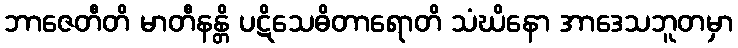
ဘာဇေတီတိ မာတီနန္တိ ပဋိသေဓိတာရောတိ သံဃိနော အာဒေသဘူတမှာ